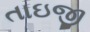
તાઇજી